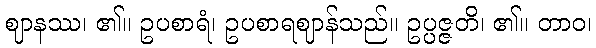
ဈာနဿ၊ ၏။ ဥပစာရံ၊ ဥပစာရဈာန်သည်။ ဥပ္ပဇ္ဇတိ၊ ၏။ တာဝ၊